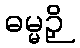
ဓမ္မဉှိ